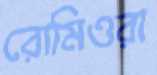
রোমিওরা